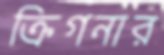
ক্রিগনার